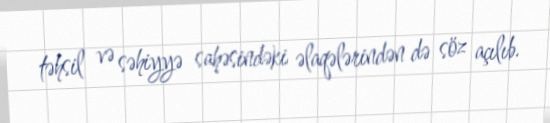
təhsil və səhiyyə sahəsindəki əlaqələrindən də söz açılıb.